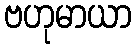
ဗဟုမာယာ